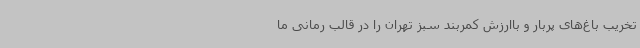
تخریب باغ‌های پربار و باارزش کمربند سبز تهران را در قالب رمانی ما